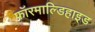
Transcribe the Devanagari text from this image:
फ़ॉरमाल्डिहाइड